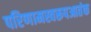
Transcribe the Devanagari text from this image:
परिणामस्वरूपआतंक